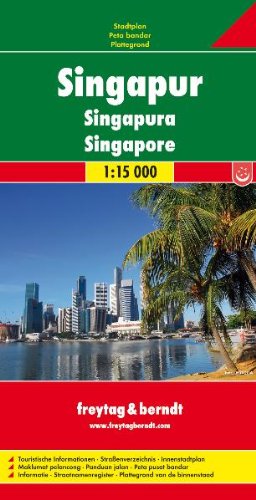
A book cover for Singapore Road Map FB 1:15K (English, Spanish, French, Italian and German Edition); Freytag Berndt; Travel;